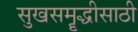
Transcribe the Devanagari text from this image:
सुखसमॄद्धीसाठी